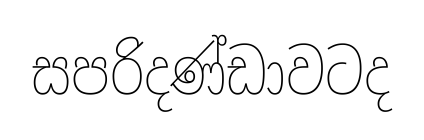
සපරිදණ්ඩාවටද